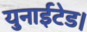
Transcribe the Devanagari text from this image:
युनाईटेड।